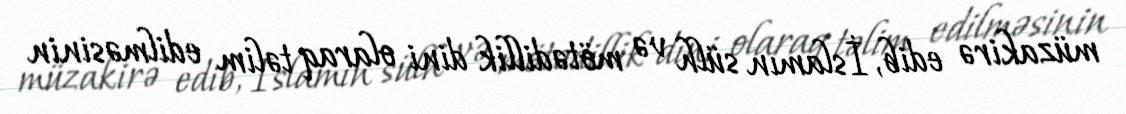
müzakirə edib, İslamın sülh və mötədillik dini olaraq təlim edilməsinin